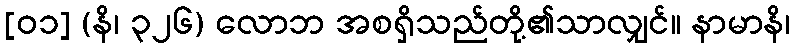
[၀၁] (နိ၊ ၃၂၆) လောဘ အစရှိသည်တို့၏သာလျှင်။ နာမာနိ၊